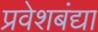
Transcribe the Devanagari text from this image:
प्रवेशबंद्या